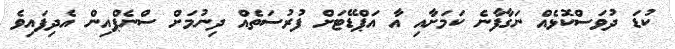
ކުޑަ ދުވަސްކޮޅެއް ނަގާފާނެ ކަމަށާއި އާ އަޕްޑޭޓަށް ފުރުސަތެއް ދިނުމަށް ސްނެޕްއިން އެދިފައިވެ